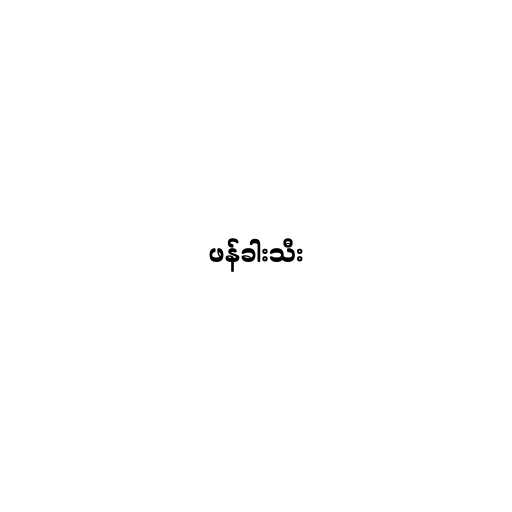
ဖန်ခါးသီး